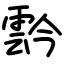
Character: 霒